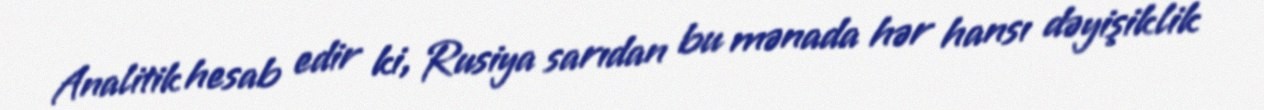
Analitik hesab edir ki, Rusiya sarıdan bu mənada hər hansı dəyişiklik